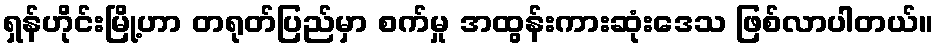
ရှန်ဟိုင်းမြို့ဟာ တရုတ်ပြည်မှာ စက်မှု အထွန်းကားဆုံးဒေသ ဖြစ်လာပါတယ်။